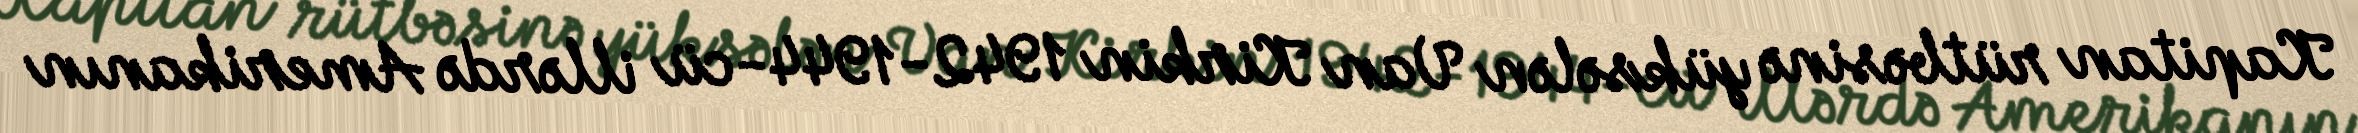
Kapitan rütbəsinə yüksələn Van Kirkin 1942-1944-cü illərdə Amerikanın